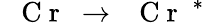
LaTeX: \mathrm{~\textit~{~C~r~}~}\to\mathrm{~\textit~{~C~r~}~}^{*}